Burma Government Medical School reports 1907-22
Year: 1907
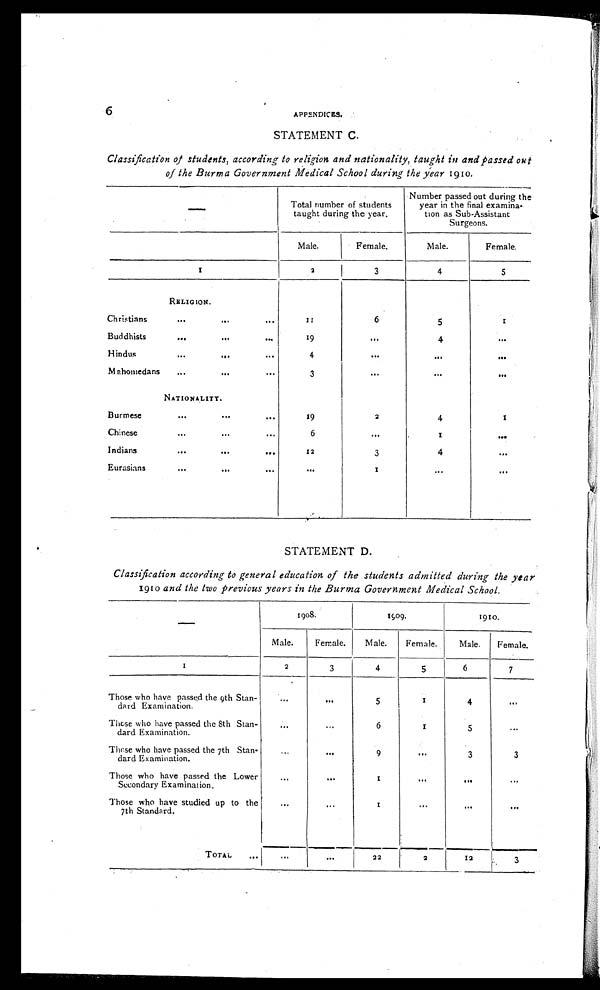
6
APPENDICES.
STATEMENT C.
Classification of students, according to religion and nationality, taught in and passed out
of the Burma Government Medical School during the year 1910.
— Total number of students
taught during the year.
Number passed out during the
year in the final examina-
tion as Sub-Assistant
Surgeons.
Male.
Female.
Male.
Female.
1
2
3
4
5
RELIGION.
Christians
...
. . .
...
1 1
6
5
1
Buddhists
. . .
. . .
. . .
19
. . .
4
...
Hindus
. . .
. . .
. . .
4
. . .
...
. . .
Mahomedans
. . .
. . .
. . .
3
...
. . .
. . .
NATIONALITY.
Burmese
...
. . .
. . .
19
2
4
1
Chinese
...
...
. . .
6
...
1
. . .
Indians
...
. . .
. . .
12
3
4
...
Eurasians
...
. . .
. . .
. . .
1
. . .
. . .
STATEMENT D.
Classification according to general education of the students admitted during the year
1910 and the two previous years in the Burma Government Medical School.
—
1908.
1909.
1910.
Male.
Female.
Male.
Female.
Male. Female.
1
2
3
4
5
6
7
Those who have passed the 9th Stan-
dard Examination.
...
. . .
5
1
4
. . .
These who have passed the 8th Stan-
dard Examination.
. . .
. . .
6
1
5
...
Those who have passed the 7th Stan-
dard Examination.
...
. . .
9
. . .
3
3
Those who have passed the Lower
Secondary Examination.
...
. . .
1
. . .
. . .
...
Those who have studied up to the
7th Standard.
. . .
...
1
. . .
. . .
. . .
TOTAL
. . .
. . .
. . .
2 2
2
12
3